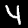
Label: 4